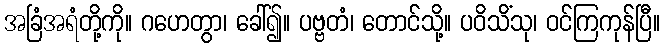
အခြံအရံတို့ကို။ ဂဟေတွာ၊ ခေါ်၍။ ပဗ္ဗတံ၊ တောင်သို့။ ပဝိသိံသု၊ ဝင်ကြကုန်ပြီ။